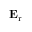
\mathbf { E } _ { \mathrm { r } }